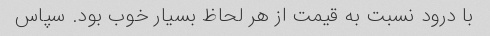
با درود نسبت به قیمت از هر لحاظ بسیار خوب بود. سپاس